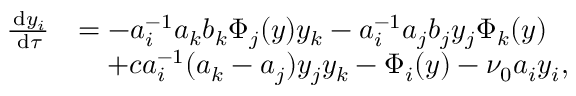
\begin{array} { r l } { \frac { \, \mathrm { d } y _ { i } } { \, \mathrm { d } \tau } } & { = - a _ { i } ^ { - 1 } a _ { k } b _ { k } \Phi _ { j } ( \boldsymbol { y } ) y _ { k } - a _ { i } ^ { - 1 } a _ { j } b _ { j } y _ { j } \Phi _ { k } ( \boldsymbol { y } ) } \\ & { \quad + c a _ { i } ^ { - 1 } ( a _ { k } - a _ { j } ) y _ { j } y _ { k } - \Phi _ { i } ( \boldsymbol { y } ) - \nu _ { 0 } a _ { i } y _ { i } , } \end{array}